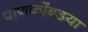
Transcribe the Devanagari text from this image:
पाणकोंबडया